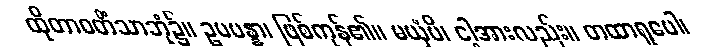
ထိုတာဝတိံသာဘုံ၌။ ဥပပန္နာ၊ ဖြစ်ကုန်၏။ မယှံပိ၊ ငါ့အားလည်း။ တထာရူပေါ၊